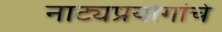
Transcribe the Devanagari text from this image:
नाट्यप्रयोगांचे